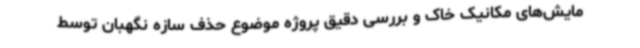
مایش‌های مکانیک خاک و بررسی دقیق پروژه موضوع حذف سازه نگهبان توسط